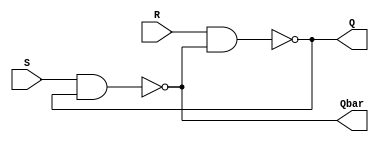
module srFlipFlop(S, R, Q, Qbar);
  input S, R;
  output Q, Qbar;

  assign Q = !(R&Qbar);
  assign Qbar = !(S&Q);
 
endmodule